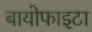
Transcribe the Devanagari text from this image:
बायोफाइटा